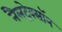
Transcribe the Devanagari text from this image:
नैलट्रेक्सॉन